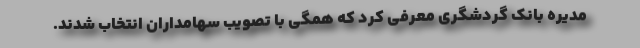
مدیره بانک گردشگری معرفی کرد که همگی با تصویب سهامداران انتخاب شدند.